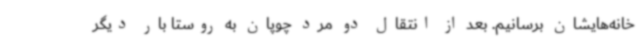
خانه‌هایشان برسانیم. بعد از انتقال دو مرد چوپان به روستا بار دیگر